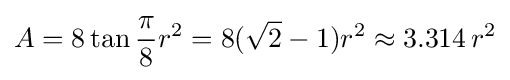
A=8\tan {\frac {\pi }{8}}r^{2}=8({\sqrt {2}}-1)r^{2}\approx 3.314\,r^{2}